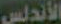
الأندلس